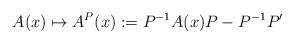
LaTeX: \begin{gather*}A(x) \mapsto A^P(x):=P^{-1}A(x)P-P^{-1}P'\end{gather*}